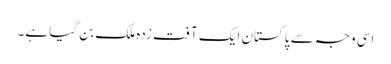
اسی وجہ سے پاکستان ایک آفت زدہ ملک بن گیا ہے۔